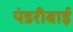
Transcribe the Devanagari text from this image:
पंडरीबाई